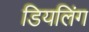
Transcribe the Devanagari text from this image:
डियलिंग